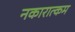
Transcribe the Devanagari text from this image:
नकारात्‍कम